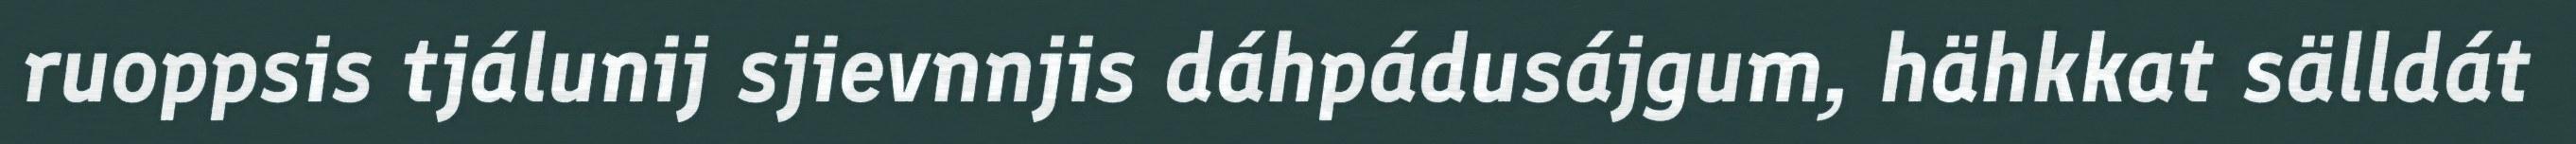
ruoppsis tjálunij sjievnnjis dáhpádusájgum, hähkkat sälldát